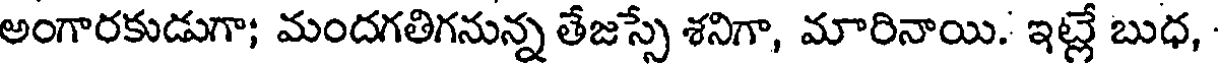
అంగారకుడుగా; మందగతిగనున్న తేజస్సే శనిగా, మారినాయి. ఇట్లే బుధ,